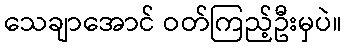
သေချာအောင် ဝတ်ကြည့်ဦးမှပဲ။